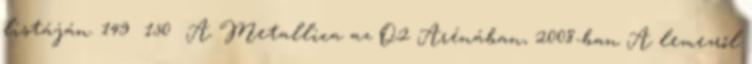
listáján. 149 150 A Metallica az O2 Arénában, 2008-ban A lemezről